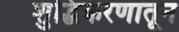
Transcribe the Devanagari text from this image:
शुद्धिकरणातून